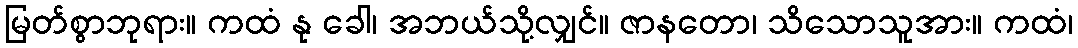
မြတ်စွာဘုရား။ ကထံ နု ခေါ၊ အဘယ်သို့လျှင်။ ဇာနတော၊ သိသောသူအား။ ကထံ၊